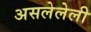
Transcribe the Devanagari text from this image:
असलेलेली